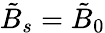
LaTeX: \tilde{B}_{s}=\tilde{B}_{0}